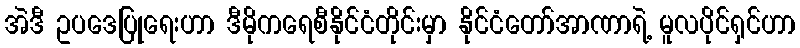
အဲဒီ ဥပဒေပြုရေးဟာ ဒီမိုကရေစီနိုင်ငံတိုင်းမှာ နိုင်ငံတော်အာဏာရဲ့ မူလပိုင်ရှင်ဟာ